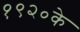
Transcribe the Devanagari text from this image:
१९२०के